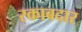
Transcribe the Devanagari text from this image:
रकाबदार